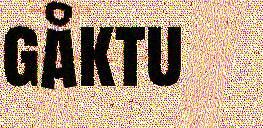
gåktu